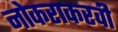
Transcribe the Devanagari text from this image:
नोकराकरवी